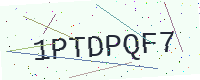
Text: 1PTDPQF7